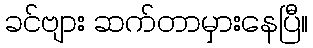
ခင်ဗျား ဆက်တာမှားနေပြီ။